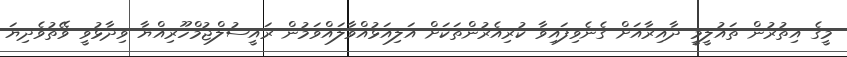
މީގެ އިތުރުން ތައުލީމީ ދާއިރާއަށް ގެނެވިފައިވާ ކުރިއެރުންތަކަށް އަލިއަޅުއްވާލައްވަމުން ރައީސުލްޖުމްހޫރިއްޔާ ވިދާޅުވީ ވޭތުވެދިޔަ